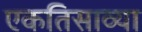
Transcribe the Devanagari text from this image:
एकतिसाव्या